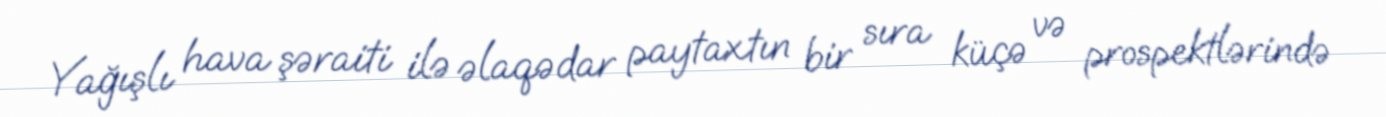
Yağışlı hava şəraiti ilə əlaqədar paytaxtın bir sıra küçə və prospektlərində